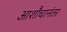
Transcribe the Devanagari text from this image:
आशौचानंतर